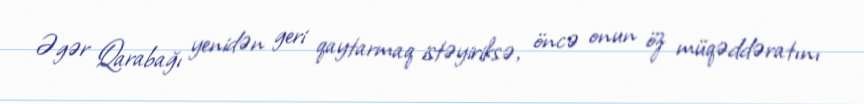
Əgər Qarabağı yenidən geri qaytarmaq istəyiriksə, öncə onun öz müqəddəratını